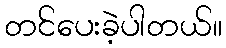
တင်ပေးခဲ့ပါတယ်။